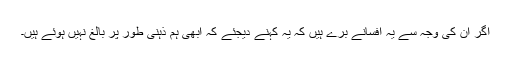
اگر ان کی وجہ سے یہ افسانے برے ہیں کہ یہ کہنے دیجئے کہ ابھی ہم ذہنی طور پر بالغ نہیں ہوئے ہیں۔